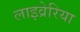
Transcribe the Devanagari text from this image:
लाइव्रेरिया